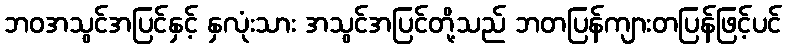
ဘဝအသွင်အပြင်နှင့် နှလုံးသား အသွင်အပြင်တို့သည် ဘတပြန်ကျားတပြန်ဖြင့်ပင်